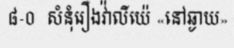
៨-០  សំនុំរឿងវ៉ាលីយ៉េ «នៅឆ្ងាយ»